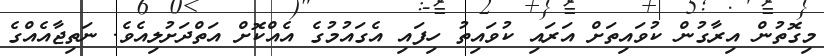
މިގޮތުން އިރާގުން ކުވައިތަށް އަރައި ކުވައިތު ހިފައި އެގައުމުގެ އެއްކޮށް އަތްދަށުލިއެވެ. ނަތިޖާއެއްގެ